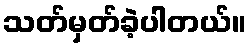
သတ်မှတ်ခဲ့ပါတယ်။